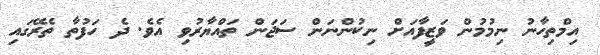
އިމްތިހާނު ނިމުމުން ވަޒީފާއަށް ނިކުންނަން ސަޖަން ތައްޔާރުވި އެވެ. ދެ ހަފުތާ ތެރޭގައި